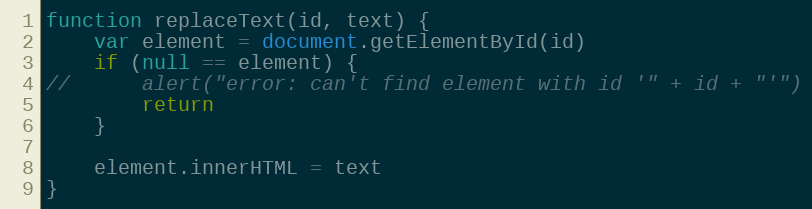
Language: JavaScript
function replaceText(id, text) {
    var element = document.getElementById(id)
    if (null == element) {
//      alert("error: can't find element with id '" + id + "'")
        return
    }

    element.innerHTML = text
}